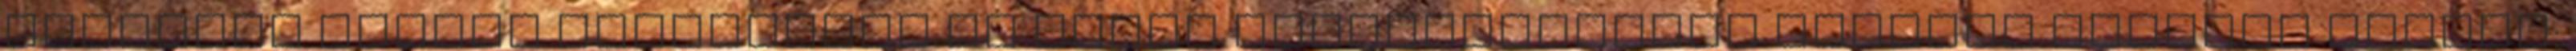
probléma nélkül rootolható az előző hozzászólásban leírtak alapján Jelszó: